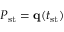
P _ { \mathrm { s t } } = \mathbf { q } ( t _ { \mathrm { s t } } )